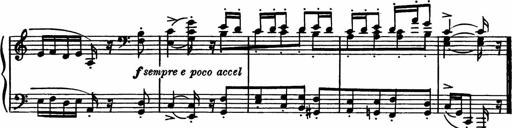
Title: Sonatilla
Composer: Mortimer Wilson
Key: C major